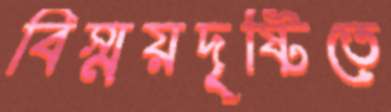
বিস্ময়দৃষ্টিতে